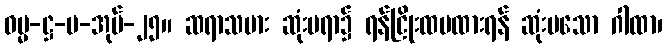
ဓမ္မ-ဋ္ဌ-ပ-အုပ်-၂၅။ ဆရာသမား ဆုံးမရာ၌ ရန်ငြိုးထမထားရန် ဆုံးမသော ဂါထာ၊